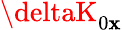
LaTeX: \deltaK_{0\mathbf{x}}